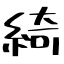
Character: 綺